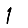
Digit: 1